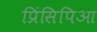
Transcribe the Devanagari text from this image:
प्रिंसिपिआ